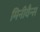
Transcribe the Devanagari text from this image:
मिनीवैन्स